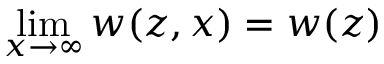
\operatorname* { l i m } _ { x \rightarrow \infty } w ( z , x ) = w ( z )